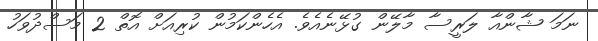
ނަމަ ޝާންއާ ލަރީސާ މާލޭން ގުޅޭނެއެވެ. އެހެންކަމުން ކުރިއަށް އޮތް 2 މަސްދުވަހު